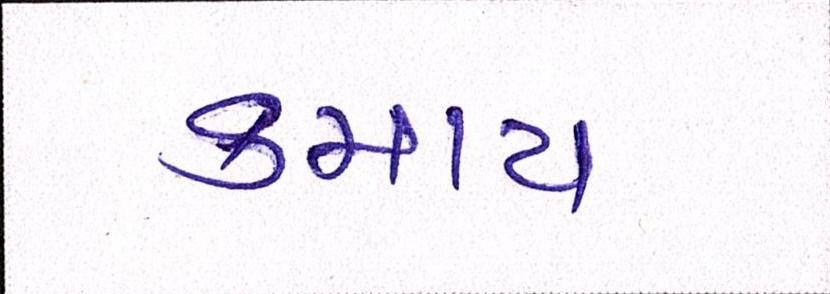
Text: કમાય